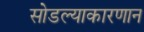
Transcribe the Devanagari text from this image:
सोडल्याकारणान